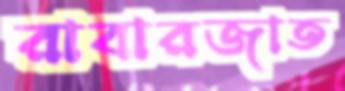
রাবারজাত